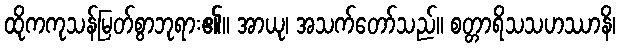
ထိုကကုသန်မြတ်စွာဘုရား၏။ အာယု၊ အသက်တော်သည်။ စတ္တာရိသသဟဿာနိ၊